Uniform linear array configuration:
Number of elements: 48
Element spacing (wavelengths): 0.5
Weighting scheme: cosine
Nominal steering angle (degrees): -15
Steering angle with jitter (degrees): -14.075
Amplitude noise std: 0.05
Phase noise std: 0.05

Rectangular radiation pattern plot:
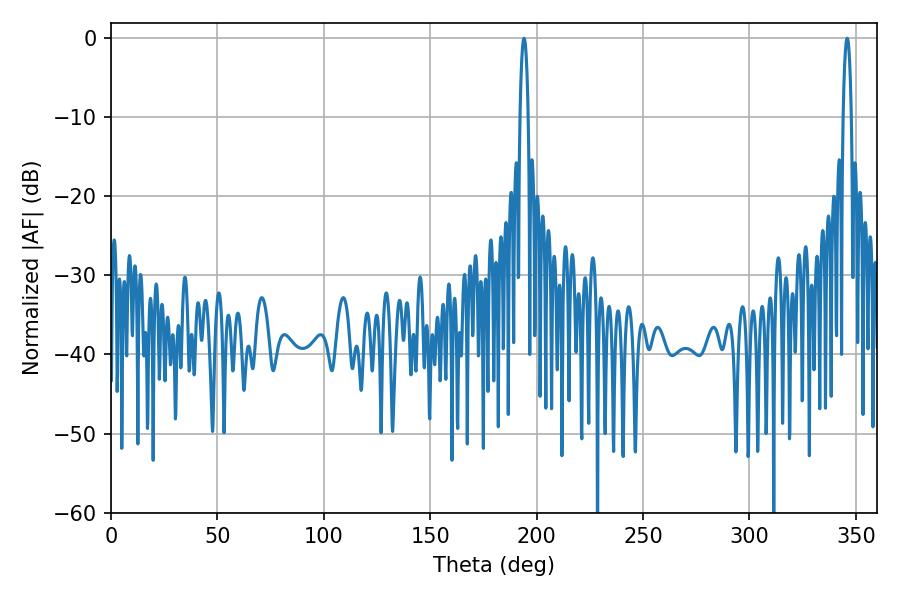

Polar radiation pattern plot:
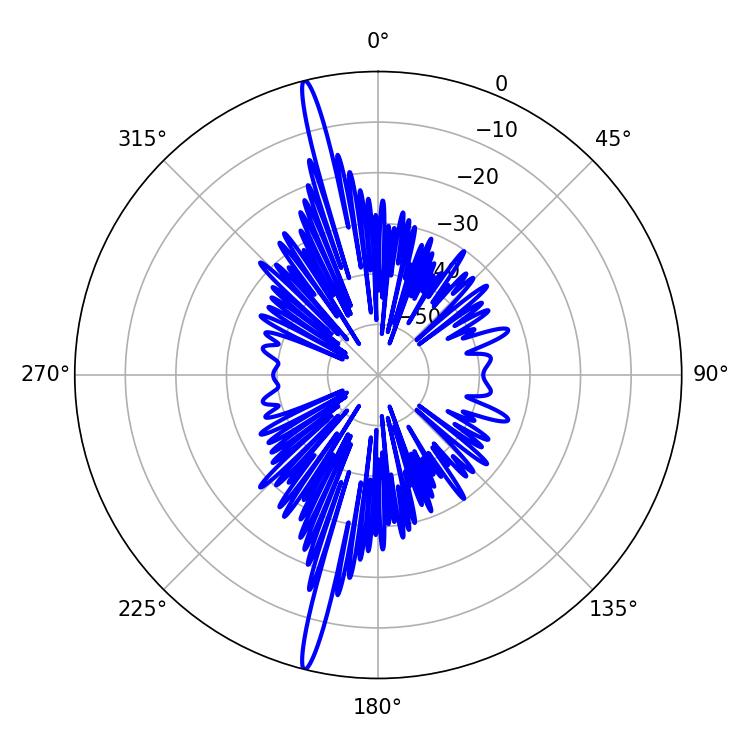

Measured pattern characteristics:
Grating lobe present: FALSE
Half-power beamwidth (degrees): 2.16
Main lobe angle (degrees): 194.04